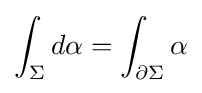
\int _{\Sigma }d\alpha =\int _{\partial \Sigma }\alpha